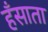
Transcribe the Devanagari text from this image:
हँसाता